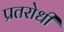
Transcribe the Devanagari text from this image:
प्रतरोधी